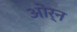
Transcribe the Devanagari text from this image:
ओर्न